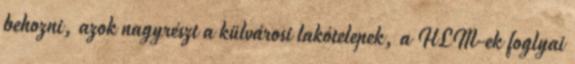
behozni, azok nagyrészt a külvárosi lakótelepek, a HLM-ek foglyai